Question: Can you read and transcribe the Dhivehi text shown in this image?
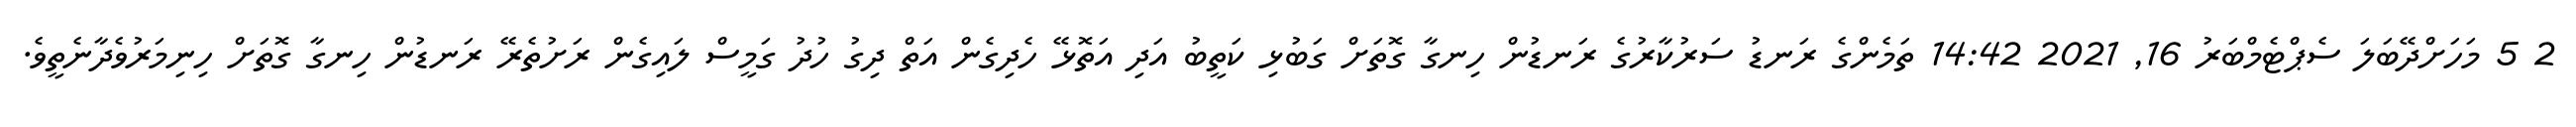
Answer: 2 5 މަހަށްދޭބަލަ ސެޕްޓެމްބަރު 16, 2021 14:42 ތަމެންގެ ރަނޑު ސަރުކާރުގެ ރަނޑުން ހިނގާ ގޮތަށް ގަބުޅި ކަތީބު އަދި އަތޮޅޭ ހެދިގެން އަތް ދިގު ހުދު ގަމީސް ލައިގެން ރަށުތެރޭ ރަނޑުން ހިނގާ ގޮތަށް ހިނިމަރުވެދާނެތީވެ.